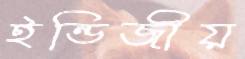
ইন্ডিজীয়